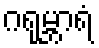
ဂရုမ္ဘာရံ